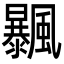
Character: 𩙕